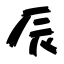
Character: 辰